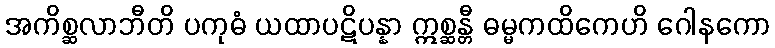
အကိစ္ဆလာဘီတိ ပကုဓံ ယထာပဋိပန္နာ ဣစ္ဆန္တီ ဓမ္မကထိကေဟိ ဂေါနကော